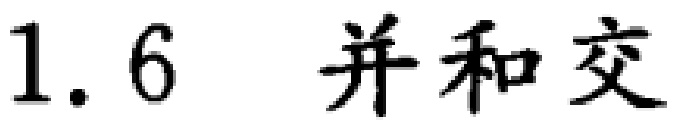
1.6 并和交